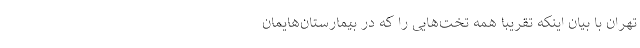
تهران با بیان اینکه تقریبا همه تخت‌هایی را که در بیمارستان‌هایمان